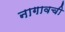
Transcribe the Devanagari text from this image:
नागावची